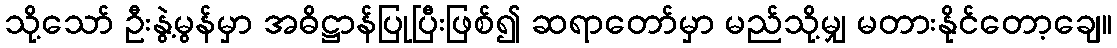
သို့သော် ဦးနွဲ့မွန်မှာ အဓိဋ္ဌာန်ပြုပြီးဖြစ်၍ ဆရာတော်မှာ မည်သို့မျှ မတားနိုင်တော့ချေ။